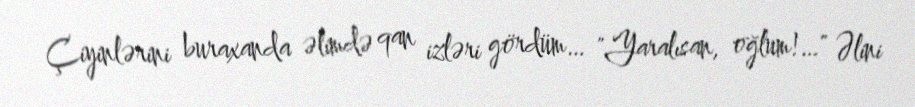
Çiyinlərini buraxanda əlimdə qan izləri gördüm… "Yaralısan, oğlum!…" Əlini